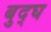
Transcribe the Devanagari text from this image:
बुद्घ